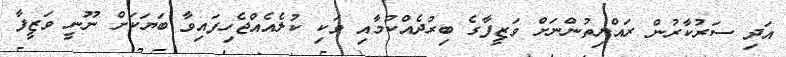
އަދި ސަރުކާރުން ރައްޔިތުންނަށް ވަޒީފާގެ ބިރުދެއްކުމާއި ވަކި ކުލެއެއްޖެހިފައިވާ ބަޔަކަށް ނޫނީ ވަޒީފާ